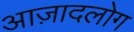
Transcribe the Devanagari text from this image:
आज़ादलोग